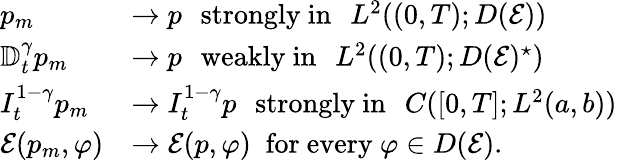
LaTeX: \begin{array}{ll}{\displaystyle p_{m}}&{\to p\, ~~\mathrm{strongly~in}\, ~~L^{2}((0,T);D(\mathcal E))}\\ {\mathbb D_{t}^{\gamma}p_{m}}&{\to p\, ~~\mathrm{weakly~in}\, ~~L^{2}((0,T);D(\mathcal E)^{\star})}\\ {\displaystyle I_{t}^{1-\gamma}p_{m}}&{\to I_{t}^{1-\gamma}p\, ~~\mathrm{strongly~in}\, ~~C([0,T];L^{2}(a,b))}\\ {\mathcal E(p_{m},\varphi)}&{\to\mathcal E(p,\varphi)\; \mathrm{~for~every~}\varphi\in D(\mathcal E).}\end{array}